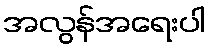
အလွန်အရေးပါ